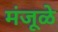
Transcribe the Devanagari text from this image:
मंजूळे